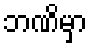
ဘဏိမှာ